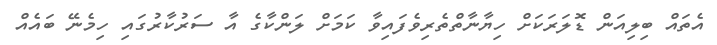
އެތައް ބިލިއަން ޑޮލަރަކަށް ހިޔާނާތްތެރިވެފައިވާ ކަމަށް ލަންކާގެ އާ ސަރުކާރުގައި ހިމެނޭ ބައެއް